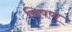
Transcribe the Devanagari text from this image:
विषण